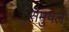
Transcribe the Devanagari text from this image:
सैमुयल